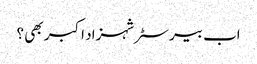
اب بیرسٹر شہزاد اکبر بھی ؟